Senior Leaving Certificate Examination (including Day School Certificate (Higher) General paper), 1946
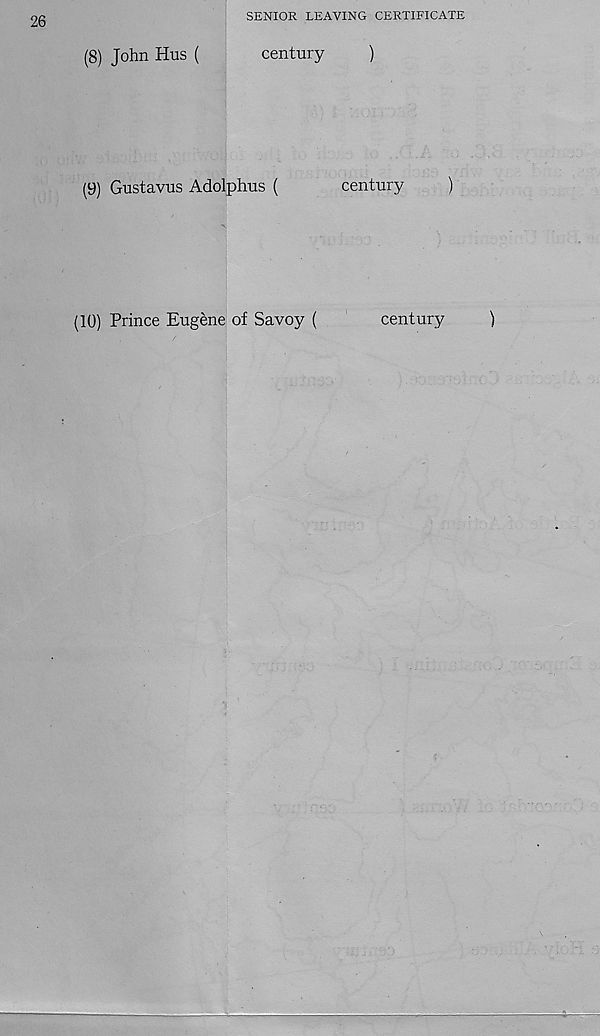
26
SENIOR LEAVING CERTIFICATE
(8) John Hus (
century
(9) Gustavus Adolphus (
)
century
)
(10) Prince Eugene of Savoy (
century
)